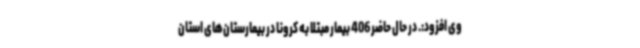
وی افزود:. در حال حاضر 406 بیمار مبتلا به کرونا در بیمارستان‌های استان